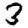
Digit: 3